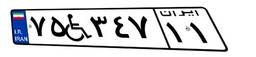
۷۵W۳۴۷۱۱